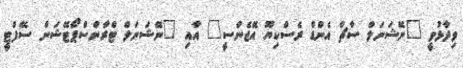
ވިދާޅުވީ "ނޭޝަނަލް ސާޗް އެންޑް ރެސްކިޔޫ އޭޖެންސީ" އާއި "ނޭޝަނަލް ޓްރާންސްޕޯޓޭޝަން ސޭފްޓީ